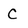
Character: C